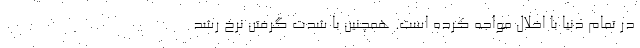
در تمام دنیا با اخلال مواجه کرده است. همچنین با شدت گرفتن نرخ رشد